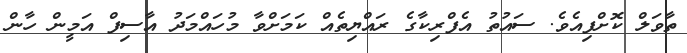
ތާވަލް ކޮށްފިއެވެ. ސައުތު އެފްރިކާގެ ރައްޔިތެއް ކަމަށްވާ މުހައްމަދު އާސިފް އަމީން ހާން